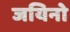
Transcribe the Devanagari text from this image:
जयिनो